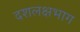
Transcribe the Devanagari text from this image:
दशलक्षभाग